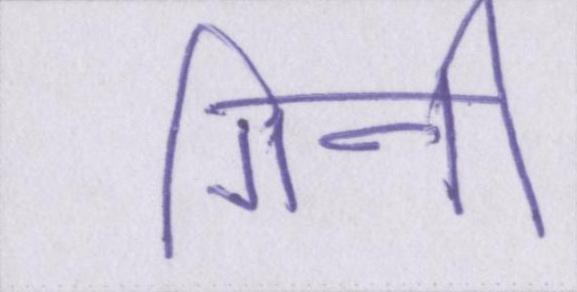
गिनी